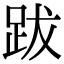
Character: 跋